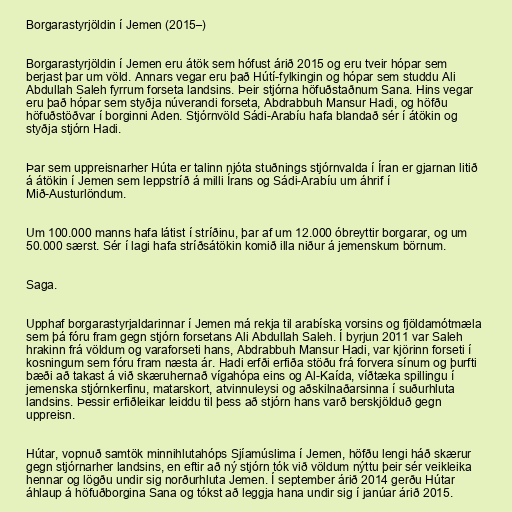
Borgarastyrjöldin í Jemen (2015–)

Borgarastyrjöldin í Jemen eru átök sem hófust árið 2015 og eru tveir hópar sem
berjast þar um völd. Annars vegar eru það Hútí-fylkingin og hópar sem studdu Ali
Abdullah Saleh fyrrum forseta landsins. Þeir stjórna höfuðstaðnum Sana. Hins vegar
eru það hópar sem styðja núverandi forseta, Abdrabbuh Mansur Hadi, og höfðu
höfuðstöðvar í borginni Aden. Stjórnvöld Sádi-Arabíu hafa blandað sér í átökin og
styðja stjórn Hadi.

Þar sem uppreisnarher Húta er talinn njóta stuðnings stjórnvalda í Íran er gjarnan litið
á átökin í Jemen sem leppstríð á milli Írans og Sádi-Arabíu um áhrif í
Mið-Austurlöndum.

Um 100.000 manns hafa látist í stríðinu, þar af um 12.000 óbreyttir borgarar, og um
50.000 særst. Sér í lagi hafa stríðsátökin komið illa niður á jemenskum börnum.

Saga.

Upphaf borgarastyrjaldarinnar í Jemen má rekja til arabíska vorsins og fjöldamótmæla
sem þá fóru fram gegn stjórn forsetans Ali Abdullah Saleh. Í byrjun 2011 var Saleh
hrakinn frá völdum og varaforseti hans, Abdrabbuh Mansur Hadi, var kjörinn forseti í
kosningum sem fóru fram næsta ár. Hadi erfði erfiða stöðu frá forvera sínum og þurfti
bæði að takast á við skæruhernað vígahópa eins og Al-Kaída, víðtæka spillingu í
jemenska stjórnkerfinu, matarskort, atvinnuleysi og aðskilnaðarsinna í suðurhluta
landsins. Þessir erfiðleikar leiddu til þess að stjórn hans varð berskjölduð gegn
uppreisn.

Hútar, vopnuð samtök minnihlutahóps Sjíamúslima í Jemen, höfðu lengi háð skærur
gegn stjórnarher landsins, en eftir að ný stjórn tók við völdum nýttu þeir sér veikleika
hennar og lögðu undir sig norðurhluta Jemen. Í september árið 2014 gerðu Hútar
áhlaup á höfuðborgina Sana og tókst að leggja hana undir sig í janúar árið 2015.